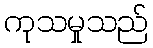
ကုသမှုသည်